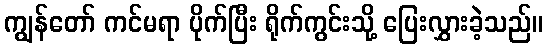
ကျွန်တော် ကင်မရာ ပိုက်ပြီး ရိုက်ကွင်းသို့ ပြေးလွှားခဲ့သည်။